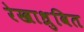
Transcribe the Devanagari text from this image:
रेखाध्रुवित